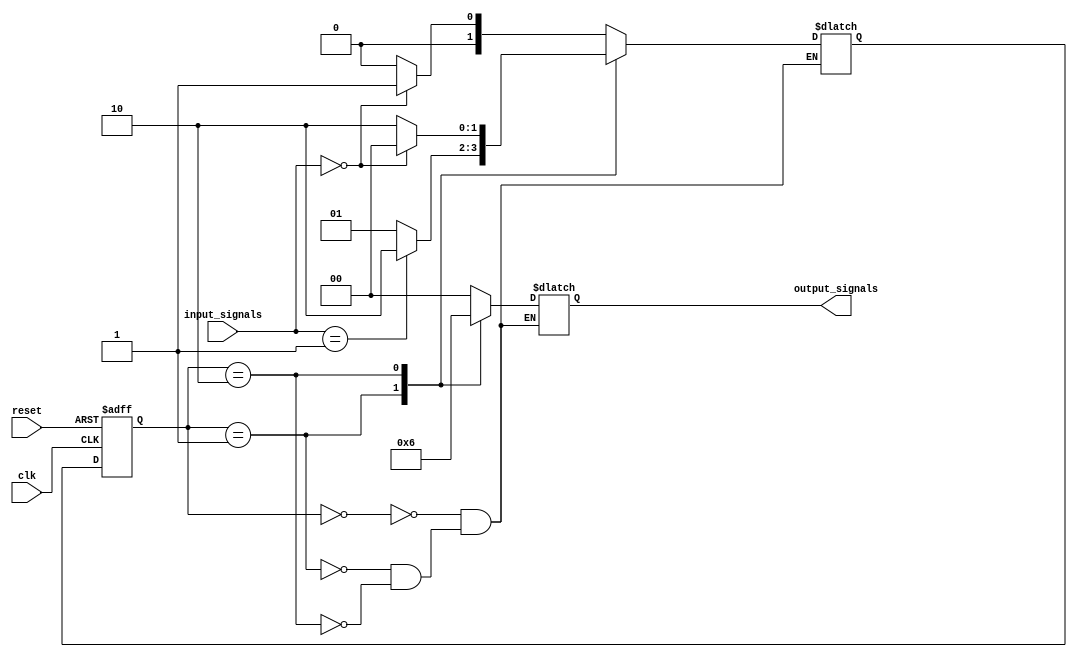
module Moore_State_Machine (
    input wire clk,
    input wire reset,
    input wire [1:0] input_signals,
    output reg [1:0] output_signals
);

// State Definitions
parameter STATE_1 = 2'b00;
parameter STATE_2 = 2'b01;
parameter STATE_3 = 2'b10;

// State Registers
reg [1:0] current_state, next_state;

always @(posedge clk or posedge reset) begin
    if (reset) begin
        current_state <= STATE_1;
    end else begin
        current_state <= next_state;
    end
end

// State Transition Logic
always @* begin
    case (current_state)
        STATE_1: begin
            if (input_signals == 2'b00) begin
                next_state = STATE_2;
            end else begin
                next_state = STATE_1;
            end
        end
        STATE_2: begin
            if (input_signals == 2'b01) begin
                next_state = STATE_3;
            end else begin
                next_state = STATE_2;
            end
        end
        STATE_3: begin
            if (input_signals == 2'b00) begin
                next_state = STATE_1;
            end else begin
                next_state = STATE_3;
            end
        end
    endcase
end

// Output Logic
always @* begin
    case (current_state)
        STATE_1: output_signals = 2'b00;
        STATE_2: output_signals = 2'b01;
        STATE_3: output_signals = 2'b10;
    endcase
end

endmodule